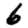
Digit: 6